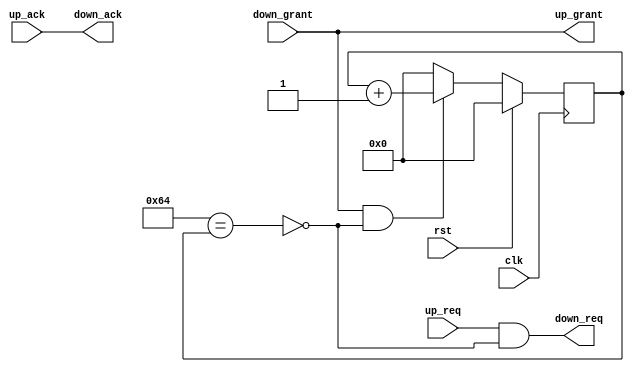
// This program was cloned from: https://github.com/bmartini/verilog-arbiter
// License: MIT License

/**
 * Module: timer
 *
 * Description:
 *  A parametrized timer used with the arbiter to time limit a connection to
 *  the arbiter. Interface is a 3 way handshake. 'Request' asks for ownership of
 *  shared resource. 'Grant' indicates that ownership has been given.
 *  'Acknowledge' is used to indicate that an actor is set to use the shared
 *  resource.
 *
 * Created:
 *  Sun Jun  2 16:23:21 EDT 2013
 *
 * Author:
 *  Berin Martini (berin.martini@gmail.com)
 */
`ifndef _timer_ `define _timer_


module timer
  #(parameter
    TIMEOUT = 100)
   (input       clk,
    input       rst,

    input       up_req,
    output      up_grant,
    input       up_ack,

    output      down_req,
    input       down_grant,
    output      down_ack
);


    /**
     * Local parameters
     */

`ifdef VERBOSE
    initial $display("Bus timer with timeout %d", TIMEOUT);
`endif


    /**
     * Internal signals
     */

    wire        timeout;
    reg  [31:0] counter;


    /**
     * Implementation
     */

    assign up_grant = down_grant;

    assign down_ack = up_ack;

    assign timeout = (TIMEOUT == counter);

    assign down_req = up_req & ~timeout;


    always @(posedge clk)
        if (rst) counter <= 'b0;
        else begin
            counter <= 'b0;

            if (down_grant & ~timeout) begin
                counter <= counter + 1'b1;
            end
        end


endmodule

`endif //  `ifndef _timer_